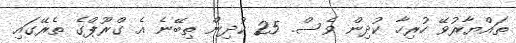
ތައްޔާރުވޭ ހުރިހާ ކުދިން ވެސް. 25 ކުދިން ތިބޭނެ އެ ގްރޫޕްގެ ތެރޭގައި